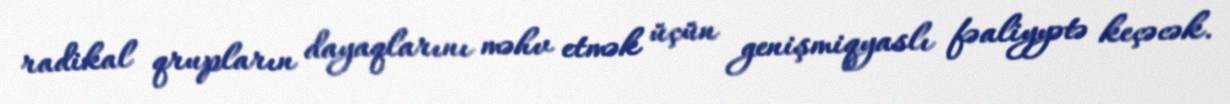
radikal qrupların dayaqlarını məhv etmək üçün genişmiqyaslı fəaliyyətə keçəcək.